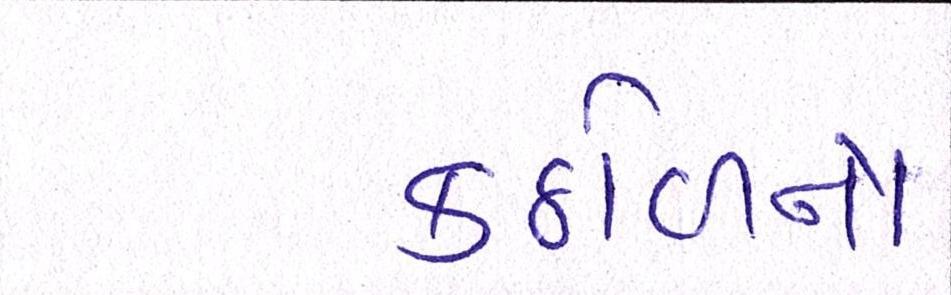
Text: કઠોળનો